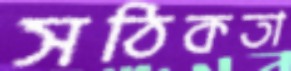
সঠিকতা